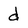
Character: d